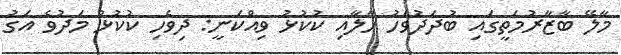
މާލޭ ބާޒާރުމަތީގައި ބުދަދުވަހު ހާލާއި ކުކުޅު ވިއްކަނީ: ދިވެހި ކުކުޅު މަދުވެ އަގު